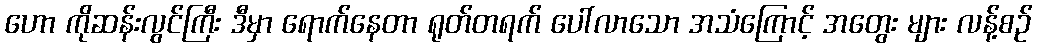
ဟော ကိုဆန်းလွင်ကြီး ဒီမှာ ရောက်နေတာ ရုတ်တရက် ပေါ်လာသော အသံကြောင့် အတွေး များ လန့်စဉ်